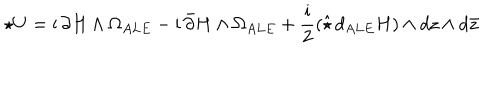
LaTeX: \star U = \mathrm { i } \, \partial H \wedge \Omega _ { A L E } - \mathrm { i } \, \bar { \partial } H \wedge \Omega _ { A L E } + \frac { \mathrm { i } } { 2 } \left( \hat { \star } \, d _ { A L E } H \right) \wedge d z \wedge d \bar { z }